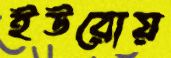
ইউরোয়